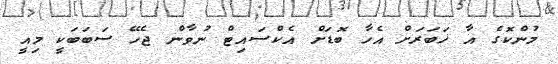
މުންކޮގެ އާ ޚަބަރަށް އެހާ ބޮޑަށް އެކްސައިޓް ނުވާން ޖެހޭ ސަބަބަކީ މިއީ